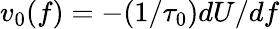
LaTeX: v_{0}(f)=-(1/\tau_{0})dU/df